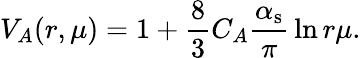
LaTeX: V_{A}(r,\mu)=1+{\frac{8}{3}}C_{A}{\frac{\alpha_{\mathrm{s}}}{\pi}}\ln{r\mu}.